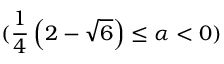
( \frac { 1 } { 4 } \left( 2 - \sqrt { 6 } \right) \leq \alpha < 0 )